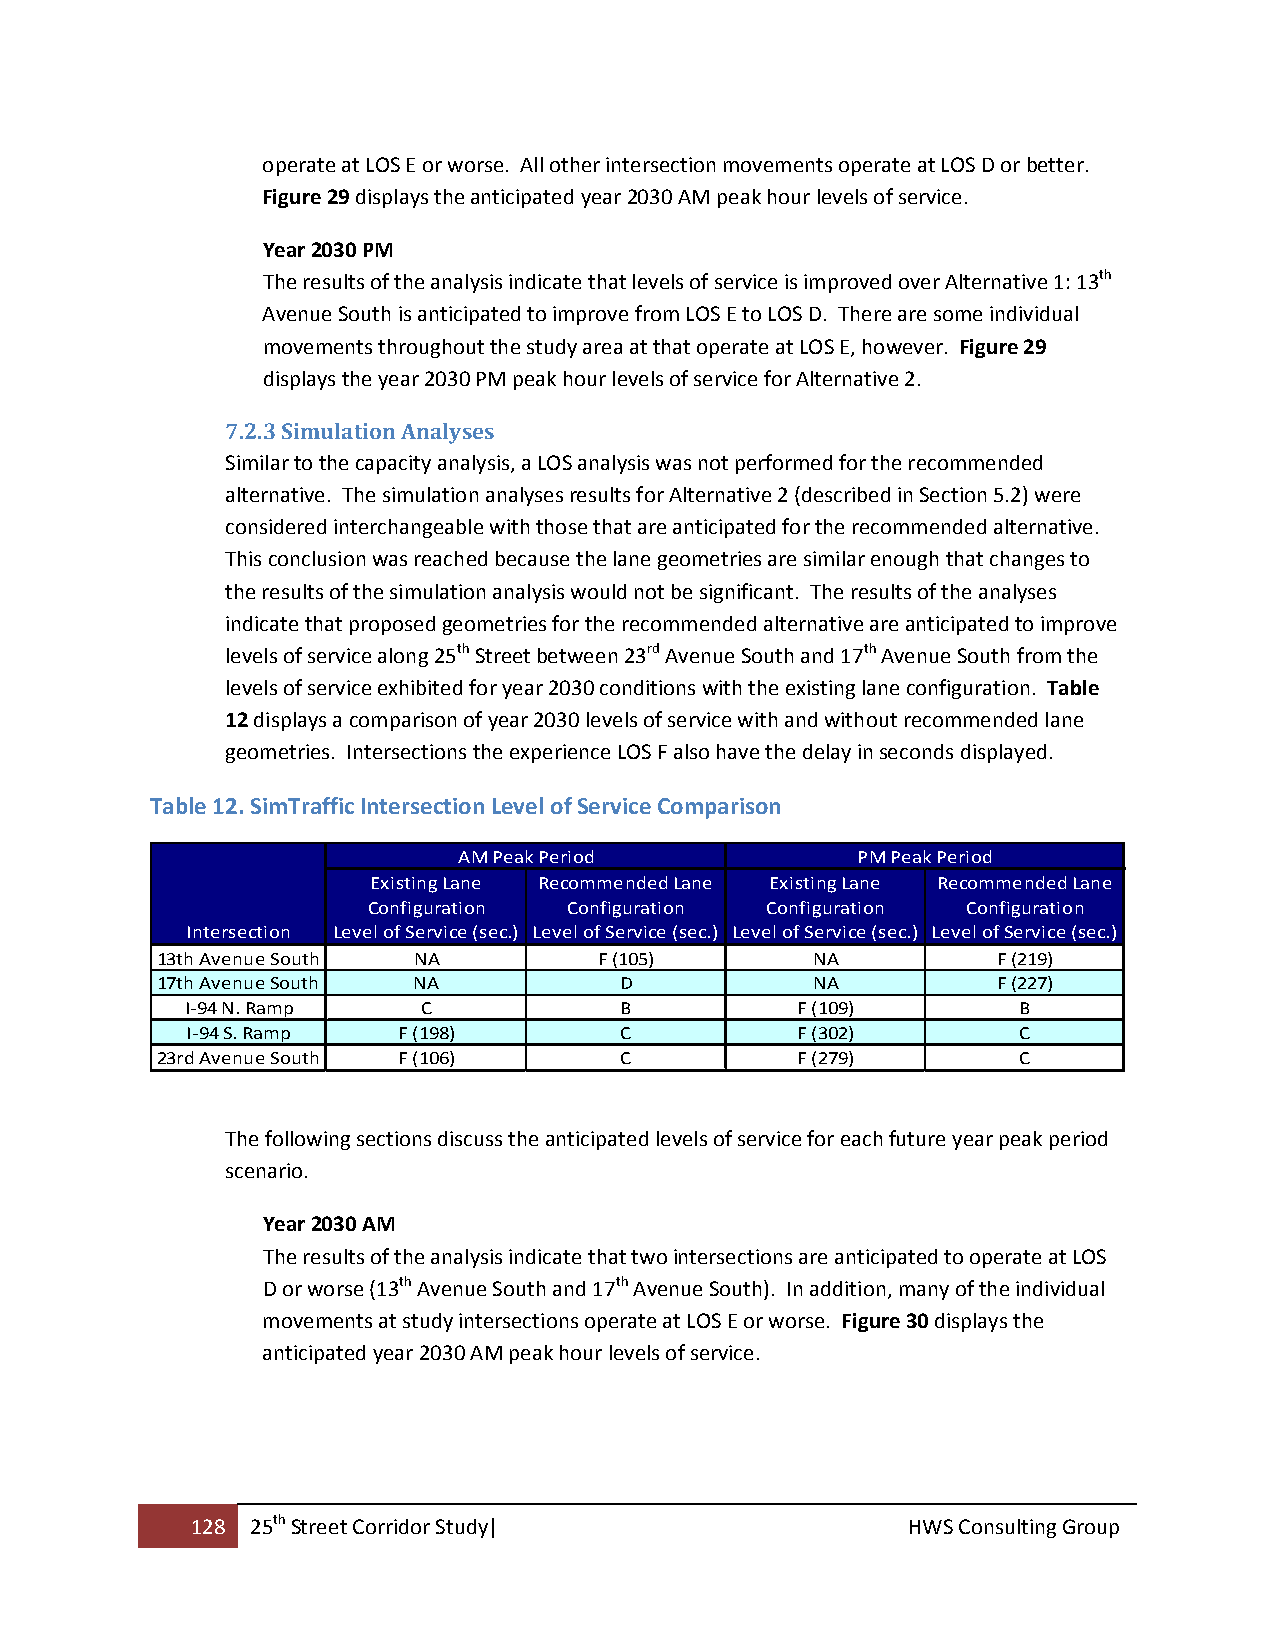
operate at LOS E or worse. All other intersection movements operate at LOS D or better.
 Figure 29 displays the anticipated year 2030 AM peak hour levels of service.
 Year 2030 PM
 The results of the analysis indicate that levels of service is improved over Alternative 1: 13th
 Avenue South is anticipated to improve from LOS E to LOS D. There are some individual
 movements throughout the study area at that operate at LOS E, however. Figure 29
 displays the year 2030 PM peak hour levels of service for Alternative 2.
 7.2.3 Simulation Analyses
 Similar to the capacity analysis, a LOS analysis was not performed for the recommended
 alternative. The simulation analyses results for Alternative 2 (described in Section 5.2) were
 considered interchangeable with those that are anticipated for the recommended alternative.
 This conclusion was reached because the lane geometries are similar enough that changes to
 the results of the simulation analysis would not be significant. The results of the analyses
 indicate that proposed geometries for the recommended alternative are anticipated to improve
 levels of service along 25th Street between 23rd Avenue South and 17th Avenue South from the
 levels of service exhibited for year 2030 conditions with the existing lane configuration. Table
 12 displays a comparison of year 2030 levels of service with and without recommended lane
 geometries. Intersections the experience LOS F also have the delay in seconds displayed.
 Table 12. SimTraffic Intersection Level of Service Comparison
 AM Peak Period             PM Peak Period
 Existing Lane Recommended Lane Existing Lane Recommended Lane
 Configuration Configuration Configuration Configuration
 Intersection Level of Service (sec.) Level of Service (sec.) Level of Service (sec.) Level of Service (sec.)
 13th Avenue South NA          F (105)       NA          F (219)
 17th Avenue South NA           D            NA          F (227)
 I‐94 N. Ramp    C            B           F (109)       B
 I‐94 S. Ramp  F (198)        C           F (302)       C
 23rd Avenue South F (106)      C           F (279)       C
 The following sections discuss the anticipated levels of service for each future year peak period
 scenario.
 Year 2030 AM
 The results of the analysis indicate that two intersections are anticipated to operate at LOS
 D or worse (13th Avenue South and 17th Avenue South). In addition, many of the individual
 movements at study intersections operate at LOS E or worse. Figure 30 displays the
 anticipated year 2030 AM peak hour levels of service.
 128 25th Street Corridor Study|                HWS Consulting Group